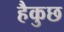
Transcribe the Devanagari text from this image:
हैकुछ